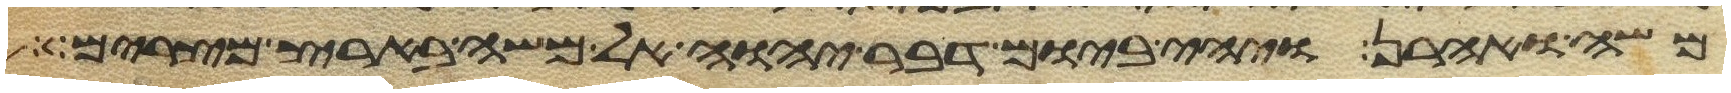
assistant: משה ואהרן ויהי ביום דבר יהוה אל משה בארץ מצרים